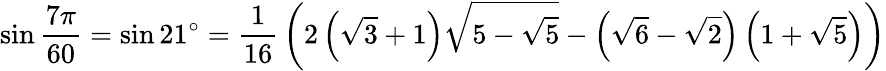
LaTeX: \sin{\frac{7\pi}{60}}=\sin 21^{\circ}={\frac{1}{16}}\left(2\left({\sqrt{3}}+1\right){\sqrt{5-{\sqrt{5}}}}-\left({\sqrt{6}}-{\sqrt{2}}\right)\left(1+{\sqrt{5}}\right)\right)